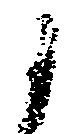
候